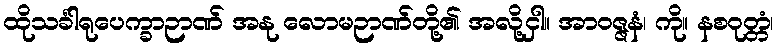
ထိုသင်္ခါရုပေက္ခာဉာဏ် အနု လောမဉာဏ်တို့၏ အလို့ငှါ။ အာဝဇ္ဇနံ၊ ကို။ နစဝုတ္တံ၊